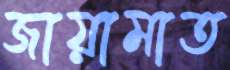
জায়ামাত